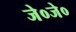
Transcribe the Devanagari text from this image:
जे०जे०